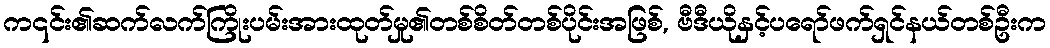
က၎င်း၏ဆက်လက်ကြိုးပမ်းအားထုတ်မှု၏တစ်စိတ်တစ်ပိုင်းအဖြစ်, ဗီဒီယိုနှင့်ပရော်ဖက်ရှင်နယ်တစ်ဦးက